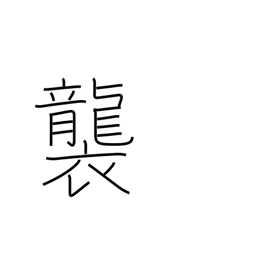
Meaning: pile